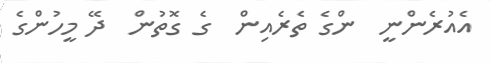
އެއުރެންނީ  ންގެ ތެރެއިން  ގެ ގޮތުން  ދޭ މީހުންގެ